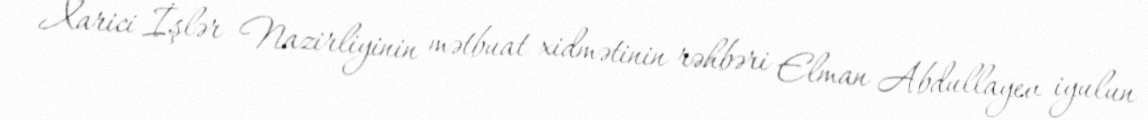
Xarici İşlər Nazirliyinin mətbuat xidmətinin rəhbəri Elman Abdullayev iyulun